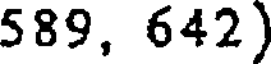
589, 642)